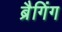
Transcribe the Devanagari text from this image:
ब्रैगिंग